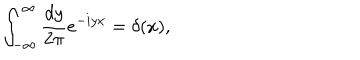
\int _ { - \infty } ^ { \infty } \frac { d y } { 2 \pi } e ^ { - i y x } = \delta ( x ) ,